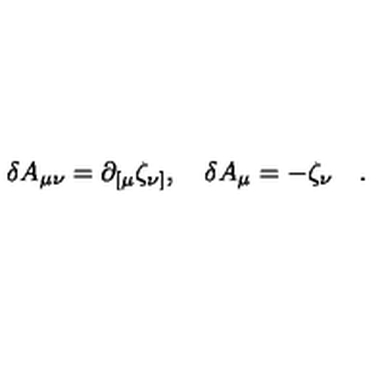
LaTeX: \delta A _ { \mu \nu } = \partial _ { [ \mu } \zeta _ { \nu ] } , \quad \delta A _ { \mu } = - \zeta _ { \nu } \quad .